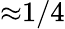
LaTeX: {\approx}1/4